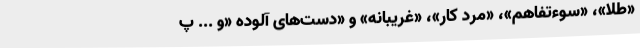
«طلا»، «سوءتفاهم»، «مرد کار»، «غریبانه» و «دست‌های آلوده «و ... پ